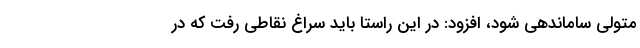
متولی ساماندهی شود، افزود: در این راستا باید سراغ نقاطی رفت که در